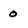
Character: 0